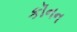
કૉનન